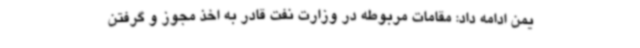
یمن ادامه داد: مقامات مربوطه در وزارت نفت قادر به اخذ مجوز و گرفتن